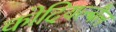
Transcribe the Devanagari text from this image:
कोदियल्बैल